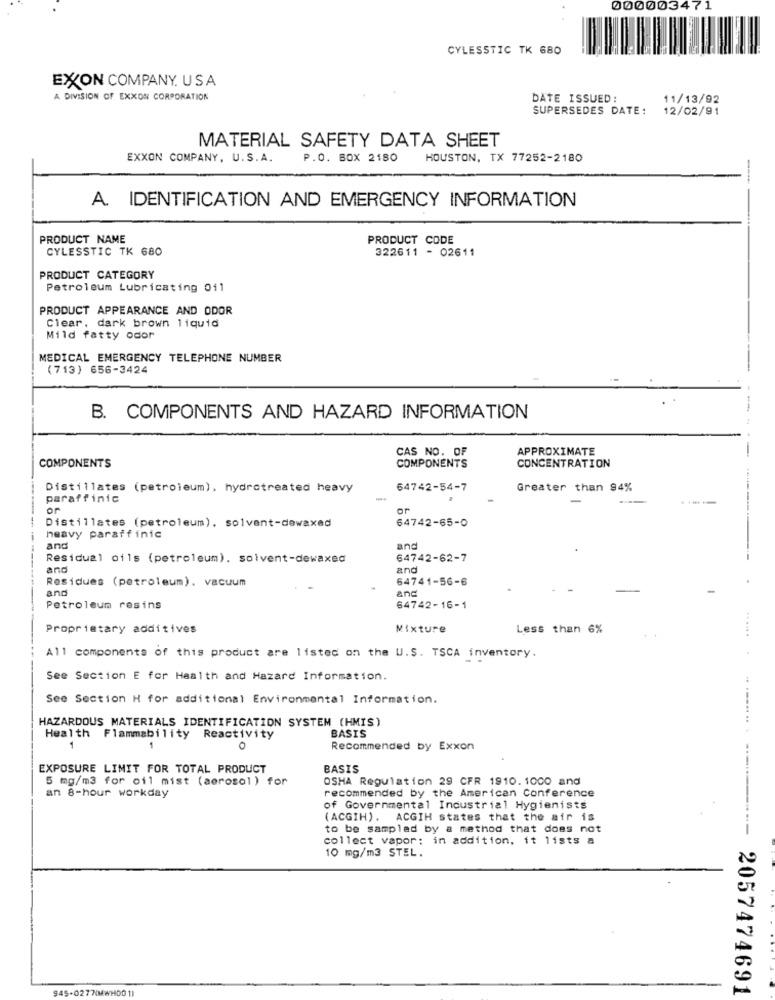
000003471
CYLESSTIC TK 680
EXXON COMPANY. USA
A DIVISION OF EXXON CORPORATION
DATE ISSUED:
11/13/92
SUPERSEDES DATE:
12/02/91
MATERIAL SAFETY DATA SHEET
EXXON COMPANY, U.S.A.
P.O. BOX 2180
HOUSTON, TX 77252-2180
A. IDENTIFICATION AND EMERGENCY INFORMATION
---
PRODUCT NAME
PRODUCT CODE
CYLESSTIC TK 680
322611 - 02611
PRODUCT CATEGORY
Petroleum Lubricating 011
PRODUCT APPEARANCE AND ODOR
Clear, dark brown liquid
Mild fatty odor
MEDICAL EMERGENCY TELEPHONE NUMBER
(713) 656-3424
B. COMPONENTS AND HAZARD INFORMATION
APPROXIMATE
CAS NO. OF
-----
COMPONENTS
COMPONENTS
CONCENTRATION
Distillates (petroleum), hydrotreated heavy
64742-54-7
Greater than 94%
paraffinic
or
or
64742-65-0
Distillates (petroleum). solvent-dewaxed
heavy paraffinic
and
and
----
Residual oils (petroleum). solvent-dewaxed
64742-62-7
and
and
Residues (petroleum). vacuum
64741-56-6
and
and
Petroleum resins
64742-16-1
Proprietary additives
Mixture
Less than 6%
All components of this product are listed on the U.S. TSCA inventory.
See Section E for Health and Hazard Information.
See Section H for additional Environmental Information.
HAZARDOUS MATERIALS IDENTIFICATION SYSTEM (HMIS)
BASIS
Health Flammability Reactivity
1
1
0
Recommended by Exxon
EXPOSURE LIMIT FOR TOTAL PRODUCT
BASIS
5 mg/m3 for oil mist (aerosol) for
OSHA Regulation 29 CFR 1910.1000 and
an 8-hour workday
recommended by the American Conference
of Governmental Industrial Hygienists
(ACGIH). ACGIH states that the air is
to be sampled by a method that does not
....... .. . ..-...-----
collect vapor: in addition, it lists a
10 mg/m3 STEL.
945-0277/MWH00 1)
2057474691